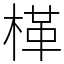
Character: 㮖